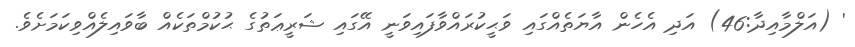
' (އަލްމާއިދާ:46) އަދި އެހެން އާޔަތެއްގައި ވަޙީކުރައްވާފައިވަނީ އޭގައި ޝަރީޢަތުގެ ޙުކުމްތަކެއް ބާވައިލެއްވިކަމަށެވެ.